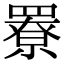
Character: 𦌒